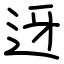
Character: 迓